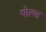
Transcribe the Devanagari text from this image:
पोत्या